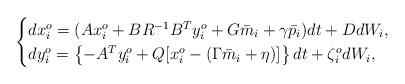
LaTeX: \begin{align*}\begin{cases}dx_i^o =( Ax_i^o +BR^{-1}B^Ty_i^o +G \bar m_i+\gamma \bar p_i) dt +D dW_i,\\dy_i^o=\left\{-A^T y_i^o +Q[x_i^o-(\Gamma \bar m_i+\eta)]\right\} dt +\zeta_i^o dW_i, \end{cases}\end{align*}